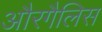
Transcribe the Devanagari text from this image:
औरगैलिस